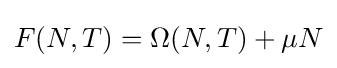
F(N,T)=\Omega (N,T)+\mu N